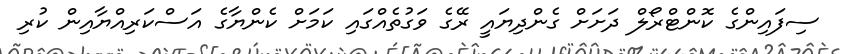
ސިފައިންގެ ކޮންޓްރޯލް ދަށަށް ގެންދިޔައީ ރޭގެ ވަގުތެއްގައި ކަމަށް ކެންޔާގެ އަސްކަރިއްޔާއިން ކުރި